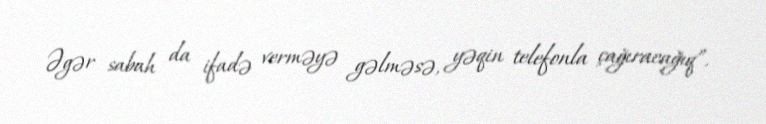
Əgər sabah da ifadə verməyə gəlməsə, yəqin telefonla çağıracağıq”.